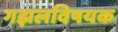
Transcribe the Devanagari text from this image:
गझलविषयक